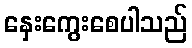
နှေးကွေးစေပါသည်